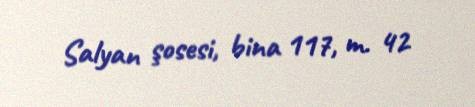
Salyan şosesi, bina 117, m. 42